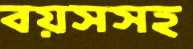
বয়সসহ